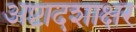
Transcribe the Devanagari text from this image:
अष्टादशाक्षर